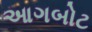
આગબોટ